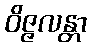
ဝိဇ္ဇလန္တာ